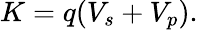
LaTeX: K=q(V_{s}+V_{p}).